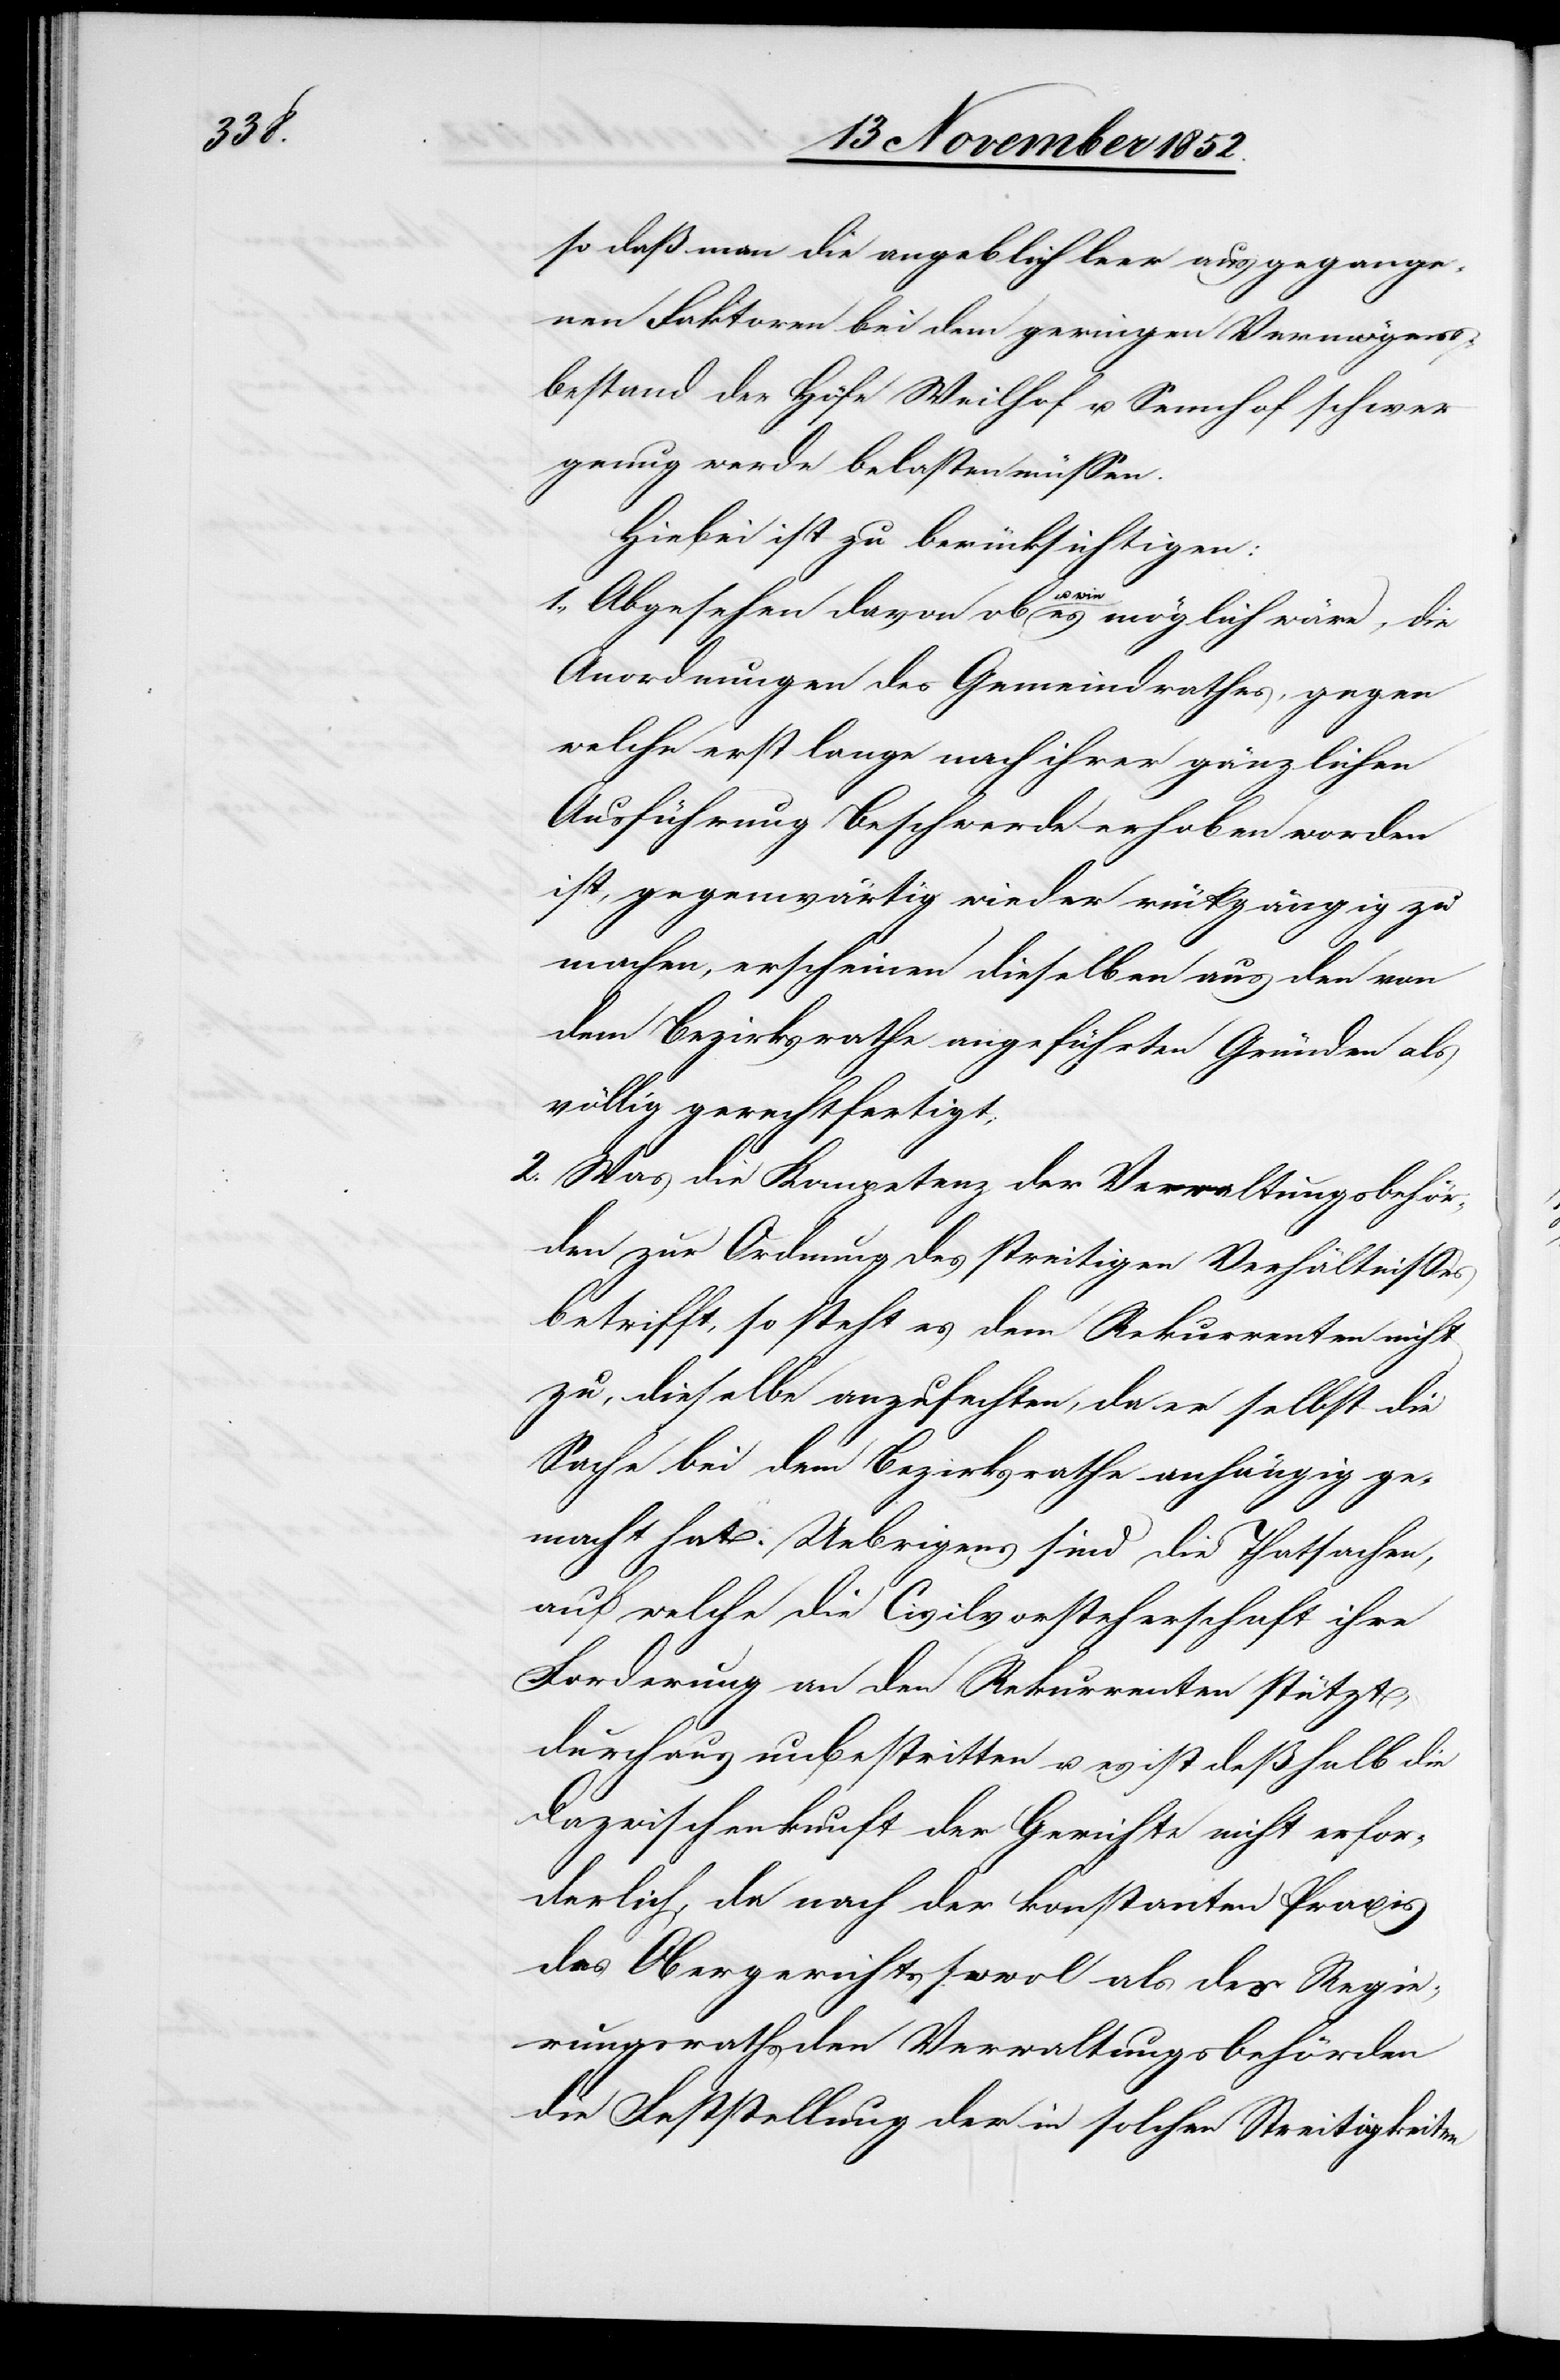
so daß man die angeblich leer ausgegange¬
nen Faktoren bei dem geringen Vermögens¬
bestand der Höfe Weilhof u. Sennhof schwer
genug werde belasten müssen.
Hiebei ist zu berücksichtigen:
1., Abgesehen davon ob u. wie es möglich wäre, die
Anordnungen des Gemeindrathes, gegen
welche erst lange nach ihrer gänzlichen
Ausführung Beschwerde erhoben worden
ist, gegenwärtig wieder rückgängig zu
machen, erscheinen dieselben aus den von
dem Bezirksrathe angeführten Gründen als
völlig gerechtfertigt;
2., Was die Kompetenz der Verwaltungsbehör¬
den zur Ordnung des streitigen Verhältnisses
betrifft, so steht es dem Rekurrenten nicht
zu, dieselbe anzufechten, da er selbst die
Sache bei dem Bezirksrathe anhängig ge¬
macht hat. Uebrigens sind die Thatsachen,
auf welche die Civilvorsteherschaft ihre
Forderung an den Rekurrenten stützt,
durchaus unbestritten u. es ist deßhalb die
Dazwischenkunft der Gerichte nicht erfor¬
derlich, da nach der konstanten Praxis
des Obergerichts sowol als des Regie¬
rungsraths den Verwaltungsbehörden
die Feststellung der in solchen Streitigkeiten